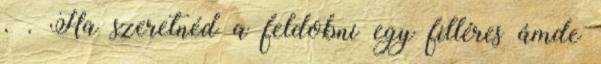
. . Ha szeretnéd a feldobni egy filléres ámde